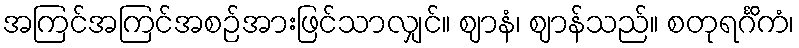
အကြင်အကြင်အစဉ်အားဖြင်သာလျှင်။ ဈာနံ၊ ဈာန်သည်။ စတုရင်္ဂိကံ၊